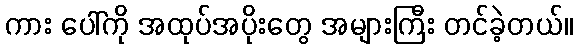
ကား ပေါ်ကို အထုပ်အပိုးတွေ အများကြီး တင်ခဲ့တယ်။